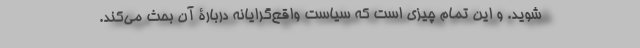
شوید. و این تمام چیزی است که سیاست واقع‌گرایانه دربارۀ آن بحث می‌کند.